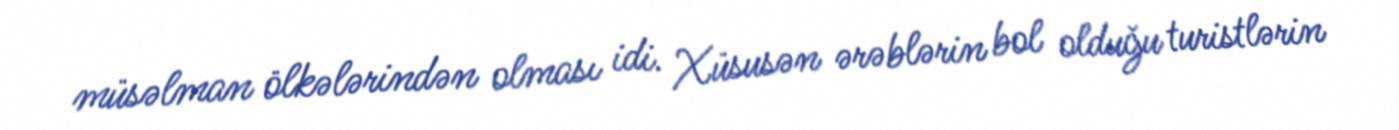
müsəlman ölkələrindən olması idi. Xüsusən ərəblərin bol olduğu turistlərin